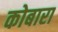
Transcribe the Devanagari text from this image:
कोबारा